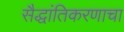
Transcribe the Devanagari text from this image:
सैद्धांतिकरणाचा